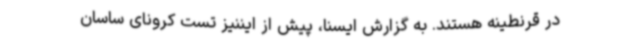
در قرنطینه هستند. به گزارش ایسنا، پیش از ایننیز تست کرونای ساسان